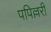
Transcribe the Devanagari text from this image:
पपिल्लरी